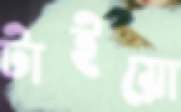
টাইয়ো